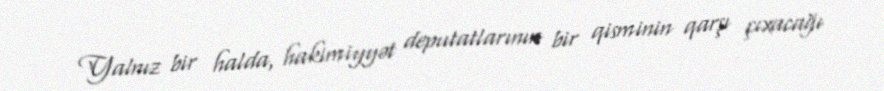
Yalnız bir halda, hakimiyyət deputatlarının bir qisminin qarşı çıxacağı